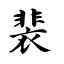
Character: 裴